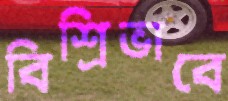
বিশ্রিভাবে